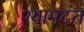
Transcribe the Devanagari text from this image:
श्यामदंत